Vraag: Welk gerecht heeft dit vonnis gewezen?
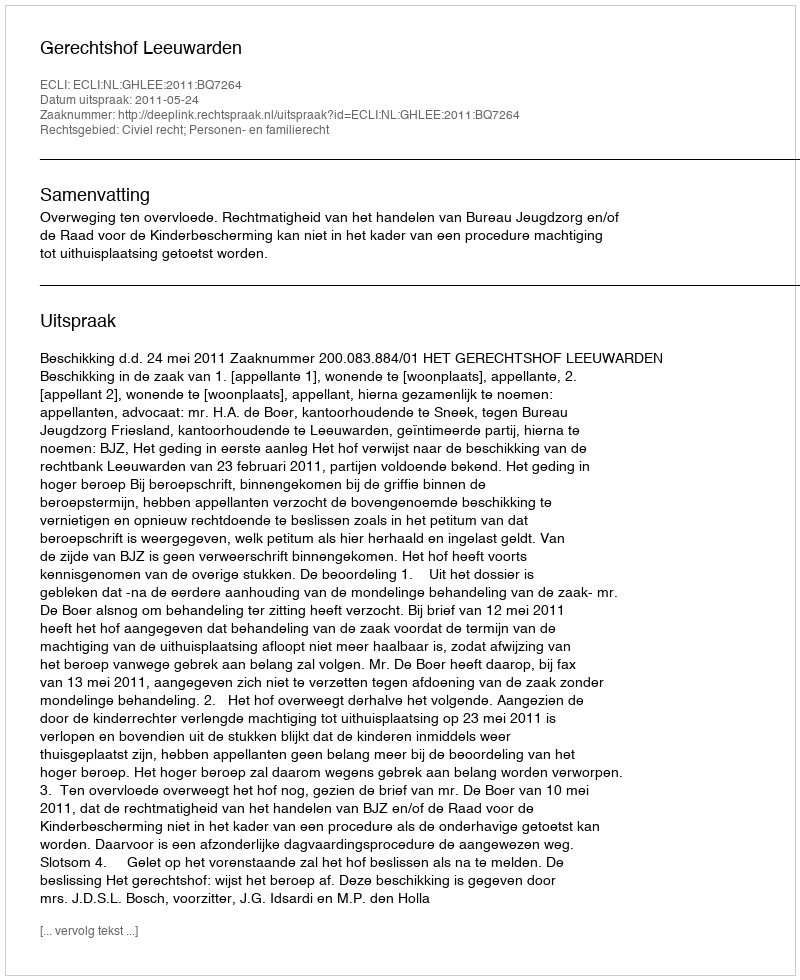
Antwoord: Gerechtshof Leeuwarden